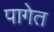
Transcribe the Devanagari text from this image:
पागेत